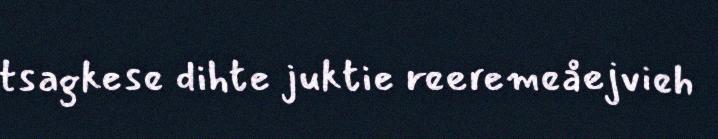
tsagkese dihte juktie reeremeåejvieh